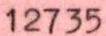
12735